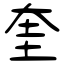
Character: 奎